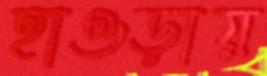
হাওড়ায়